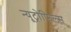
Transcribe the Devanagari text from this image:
न्यूट्रोफिल्स